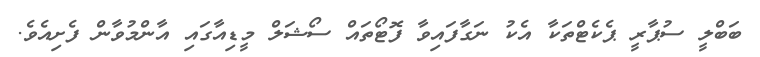
ބަބްލީ ސުޕާރީ ޕެކެޓްތަކާ އެކު ނަގާފައިވާ ފޮޓޯތައް ސޯޝަލް މީޑިއާގައި އާންމުވާން ފެށިއެވެ.